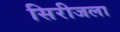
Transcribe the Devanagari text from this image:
सिरीजला